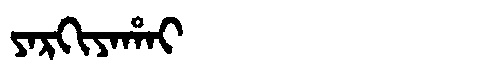
Manchu: ᠶᠠᡵᡴᡳᠶᠠᡥᠠᡳ
Romanization: YARKIYAHAI